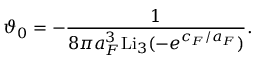
\vartheta _ { 0 } = - \frac { 1 } { 8 \pi a _ { F } ^ { 3 } \mathrm { L i } _ { 3 } ( - e ^ { c _ { F } / a _ { F } } ) } .